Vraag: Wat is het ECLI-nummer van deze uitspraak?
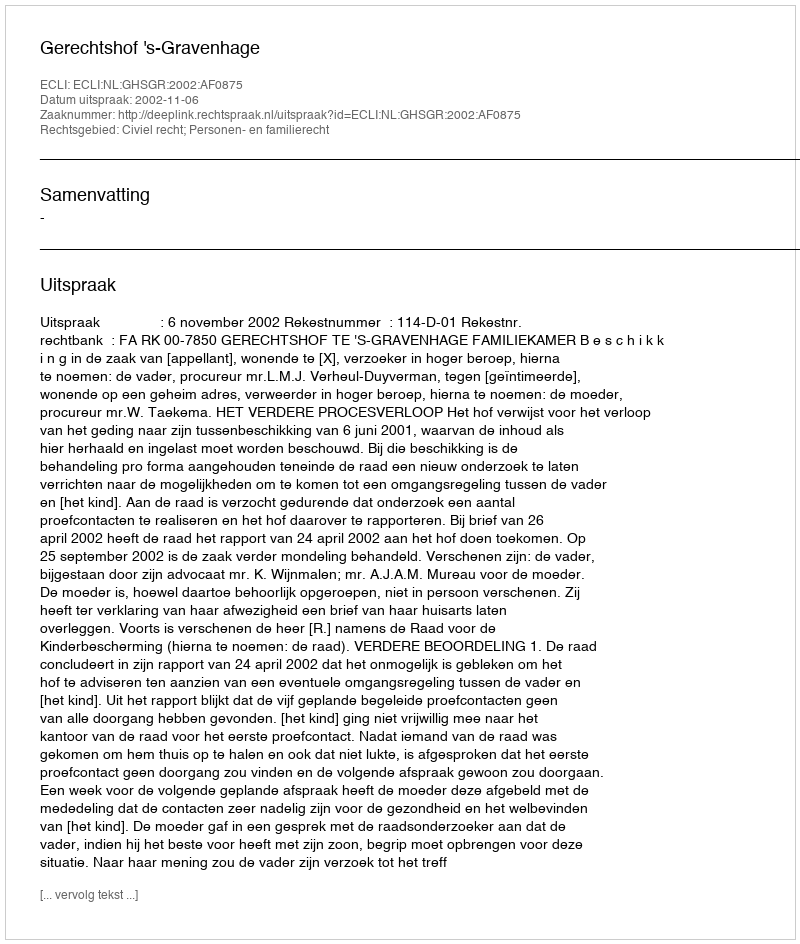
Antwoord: ECLI:NL:GHSGR:2002:AF0875